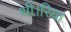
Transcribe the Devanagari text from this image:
थीं।रिया